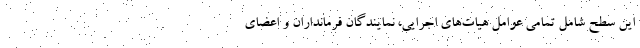
این سطح شامل تمامی عوامل هیات‌های اجرایی، نمایندگان فرمانداران و اعضای